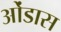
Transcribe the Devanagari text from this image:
ओंडास